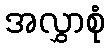
အလွှာစုံ